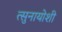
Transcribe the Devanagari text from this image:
त्सुनायोशी